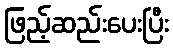
ဖြည့်ဆည်းပေးပြီး